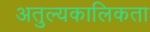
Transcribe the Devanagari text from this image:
अतुल्यकालिकता